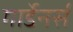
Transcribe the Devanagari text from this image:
गार्डेनर्स